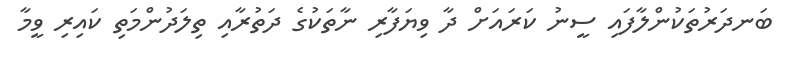
ބަނދަރުތަކުންލާފައި ސީނު ކަރައަށް ދާ ވިޔަފާރި ނާތަކުގެ ދަތުރާއި ތިލަދުންމަތި ކައިރި ވީމާ